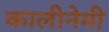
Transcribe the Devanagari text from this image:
कालीनेमी